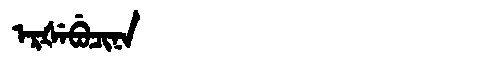
Manchu: ᡝᡵᡧᡝᠪᡠᠴᡳᠨᠠ
Romanization: ERŠEBUCINA